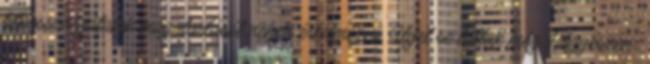
titkosszolgálatok magatartását nehéz értelmezni. Ilyet se láttak még Hőgyészen: